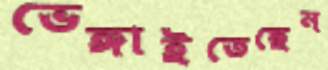
ভেঙ্গাইতেছেন